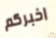
اخبركم